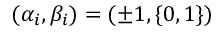
( \alpha _ { i } , \beta _ { i } ) = ( \pm 1 , \{ 0 , 1 \} )